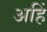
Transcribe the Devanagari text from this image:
अहिं